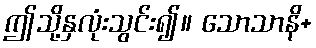
ဤသို့နှလုံးသွင်း၍။ သောသာနိ+